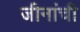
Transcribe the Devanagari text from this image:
जीनांची